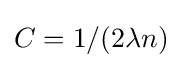
C=1/(2\lambda n)